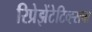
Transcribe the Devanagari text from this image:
रिप्रेझेंटेटिव्ह्सचा